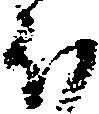
ほ